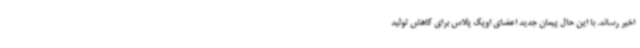
اخیر رساند. با این حال پیمان جدید اعضای اوپک پلاس برای کاهش تولید